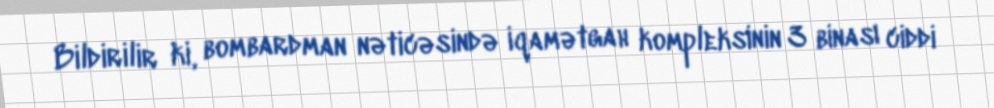
Bildirilir ki, bombardman nəticəsində iqamətgah kompleksinin 3 binası ciddi